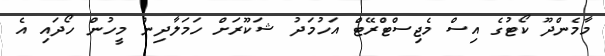
މާމެންދޫ ކޯޓުގެ އިސް މެޖިސްޓްރޭޓް އަހުމަދު ޝަކޫރަށް ހަމަލާދިން މީހުން ހޯދައި އެ